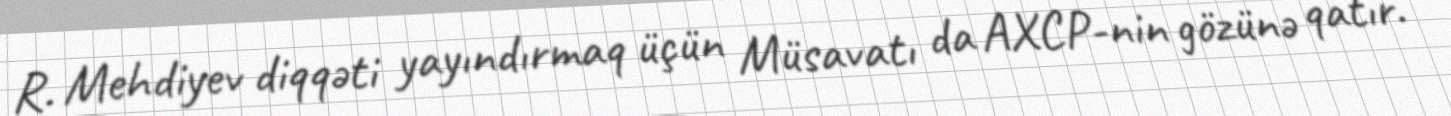
R. Mehdiyev diqqəti yayındırmaq üçün Müsavatı da AXCP-nin gözünə qatır.